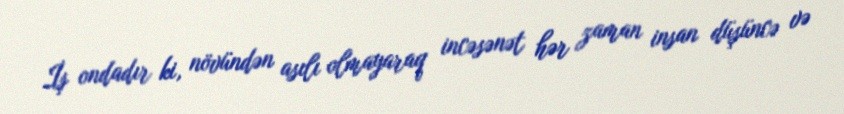
İş ondadır ki, növündən asılı olmayaraq incəsənət hər zaman insan düşüncə və